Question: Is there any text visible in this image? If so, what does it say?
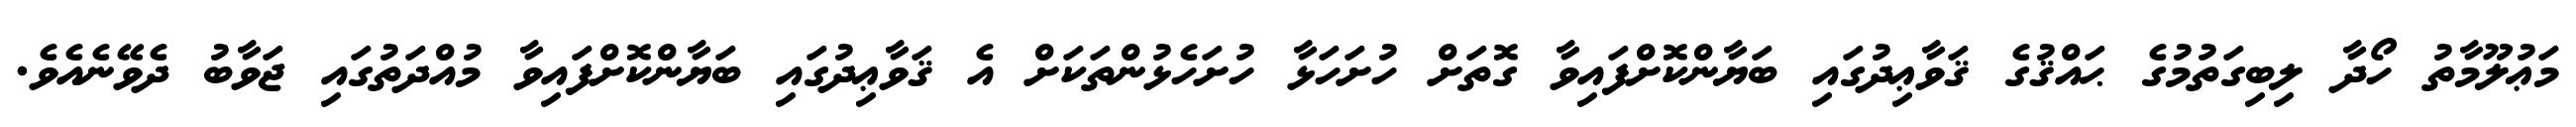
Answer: މަޢުލޫމާތު ހޯދާ ލިބިގަތުމުގެ ޙައްޤުގެ ޤަވާޢިދުގައި ބަޔާންކޮށްފައިވާ ގޮތަށް ހުށަހަޅާ ހުށަހެޅުންތަކަށް އެ ޤަވާޢިދުގައި ބަޔާންކޮށްފައިވާ މުއްދަތުގައި ޖަވާބު ދެވޭނެއެވެ.